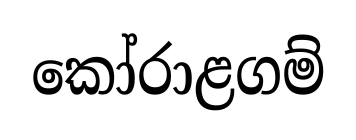
කෝරාළගම්